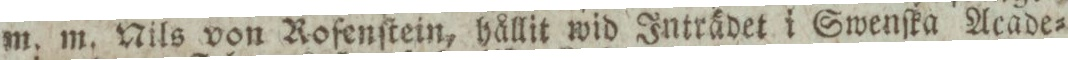
m. m. Nils von Rofenſtein, hållit wid Inträdet i Swenſka Acade=